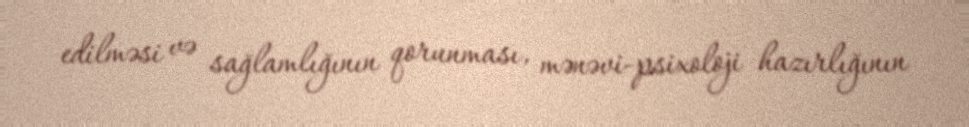
edilməsi və sağlamlığının qorunması, mənəvi-psixoloji hazırlığının